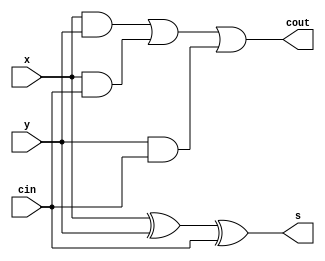
module q1_fulladder(x, y, cin, s, cout);
input x, y, cin;
output s, cout;
assign s = x ^ y ^ cin; 
assign cout = x&y | x&cin | y&cin;
endmodule